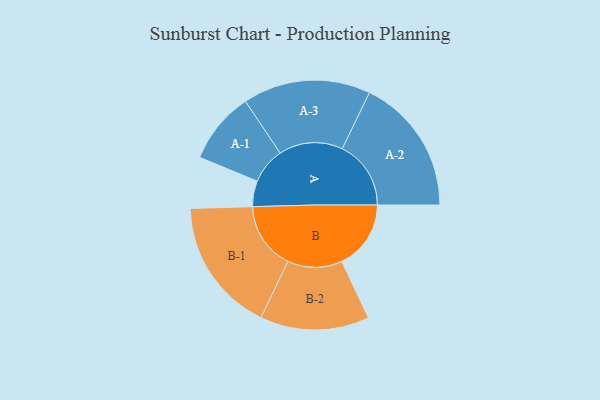
{"axis": {"x": "Segment", "y": "Value"}, "legend": ["", "A", "B"], "data": [{"x": "A", "y": 107, "type": ""}, {"x": "B", "y": 288, "type": ""}, {"x": "A-1", "y": 150, "type": "A"}, {"x": "A-2", "y": 286, "type": "A"}, {"x": "A-3", "y": 266, "type": "A"}, {"x": "B-1", "y": 280, "type": "B"}, {"x": "B-2", "y": 227, "type": "B"}]}